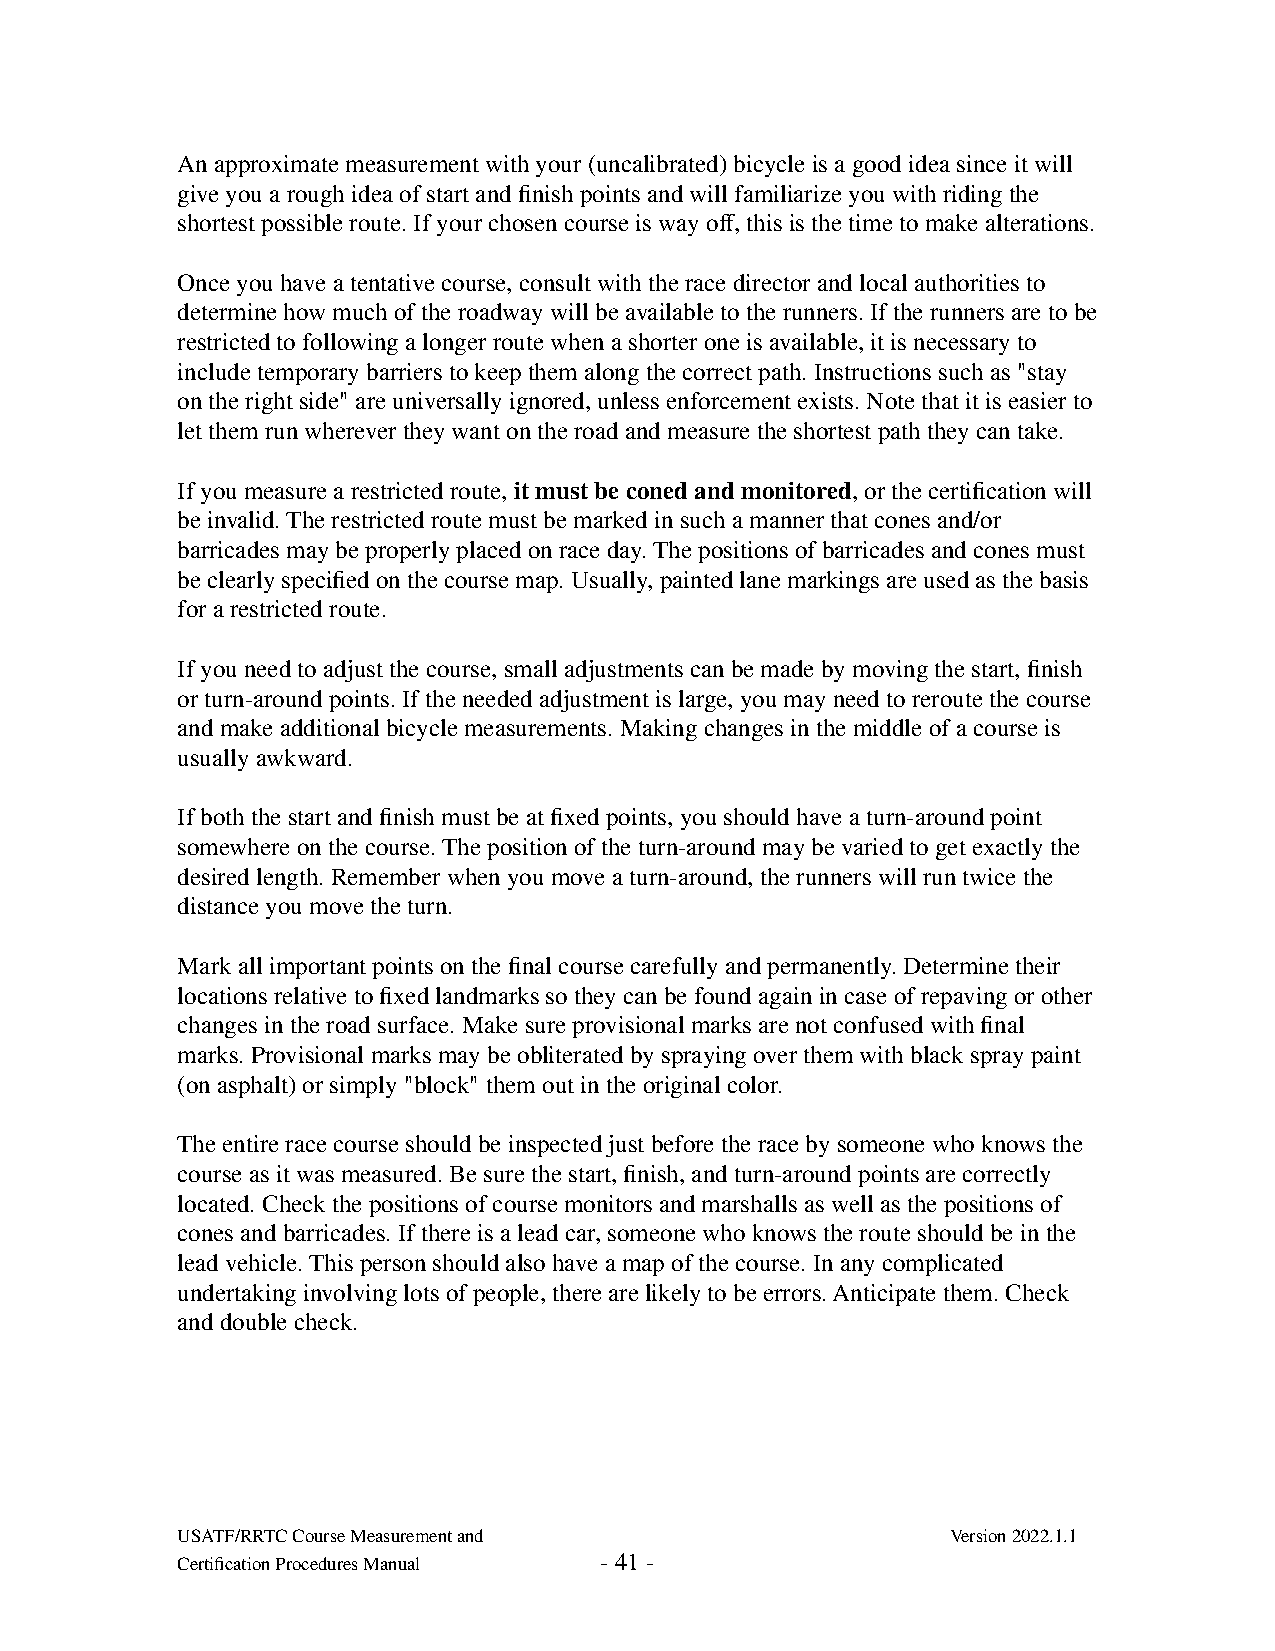
An approximate measurement with your (uncalibrated) bicycle is a good idea since it will
 give you a rough idea of start and finish points and will familiarize you with riding the
 shortest possible route. If your chosen course is way off, this is the time to make alterations.
 Once you have a tentative course, consult with the race director and local authorities to
 determine how much of the roadway will be available to the runners. If the runners are to be
 restricted to following a longer route when a shorter one is available, it is necessary to
 include temporary barriers to keep them along the correct path. Instructions such as "stay
 on the right side" are universally ignored, unless enforcement exists. Note that it is easier to
 let them run wherever they want on the road and measure the shortest path they can take.
 If you measure a restricted route, it must be coned and monitored, or the certification will
 be invalid. The restricted route must be marked in such a manner that cones and/or
 barricades may be properly placed on race day. The positions of barricades and cones must
 be clearly specified on the course map. Usually, painted lane markings are used as the basis
 for a restricted route.
 If you need to adjust the course, small adjustments can be made by moving the start, finish
 or turn-around points. If the needed adjustment is large, you may need to reroute the course
 and make additional bicycle measurements. Making changes in the middle of a course is
 usually awkward.
 If both the start and finish must be at fixed points, you should have a turn-around point
 somewhere on the course. The position of the turn-around may be varied to get exactly the
 desired length. Remember when you move a turn-around, the runners will run twice the
 distance you move the turn.
 Mark all important points on the final course carefully and permanently. Determine their
 locations relative to fixed landmarks so they can be found again in case of repaving or other
 changes in the road surface. Make sure provisional marks are not confused with final
 marks. Provisional marks may be obliterated by spraying over them with black spray paint
 (on asphalt) or simply "block" them out in the original color.
 The entire race course should be inspected just before the race by someone who knows the
 course as it was measured. Be sure the start, finish, and turn-around points are correctly
 located. Check the positions of course monitors and marshalls as well as the positions of
 cones and barricades. If there is a lead car, someone who knows the route should be in the
 lead vehicle. This person should also have a map of the course. In any complicated
 undertaking involving lots of people, there are likely to be errors. Anticipate them. Check
 and double check.
 USATF/RRTC Course Measurement and                  Version 2022.1.1
 Certification Procedures Manual - 41 -